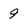
Character: 9